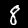
Digit: 8